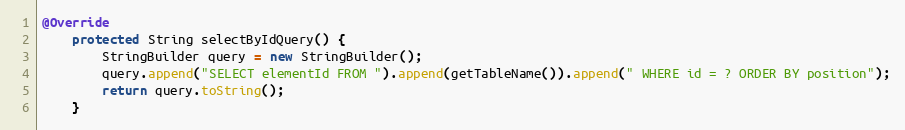
Language: Java
@Override
	protected String selectByIdQuery() {
		StringBuilder query = new StringBuilder();
		query.append("SELECT elementId FROM ").append(getTableName()).append(" WHERE id = ? ORDER BY position");
		return query.toString();
	}